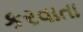
કરવાતા